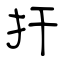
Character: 扞